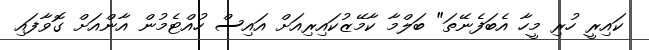
ކައިރީ ހުރި މީހާ އެބަފެނޭތަ" ބަލްމާ ކާމޭޒުކައިރިއަށް އައިސް ހުއްޓެމުން އާންއަށް ގޮވާފައި